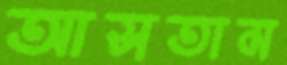
আসতাম